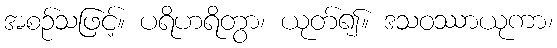
အစဉ်သဖြင့်။ ပရိဟရိတွာ၊ ယုတ်၍။ ဒသဝဿာယုကာ၊